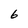
Character: 6